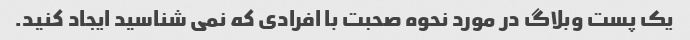
یک پست وبلاگ در مورد نحوه صحبت با افرادی که نمی شناسید ایجاد کنید.